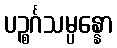
ပဉ္စင်္ဂသမ္ပန္နော